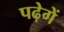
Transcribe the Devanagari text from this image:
पढ़ेगें